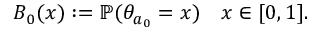
B _ { 0 } ( x ) : = \mathbb { P } ( \theta _ { a _ { 0 } } = x ) \quad x \in [ 0 , 1 ] .